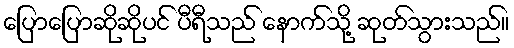
ပြောပြောဆိုဆိုပင် ပီရီသည် နောက်သို့ ဆုတ်သွားသည်။